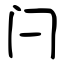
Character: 闩